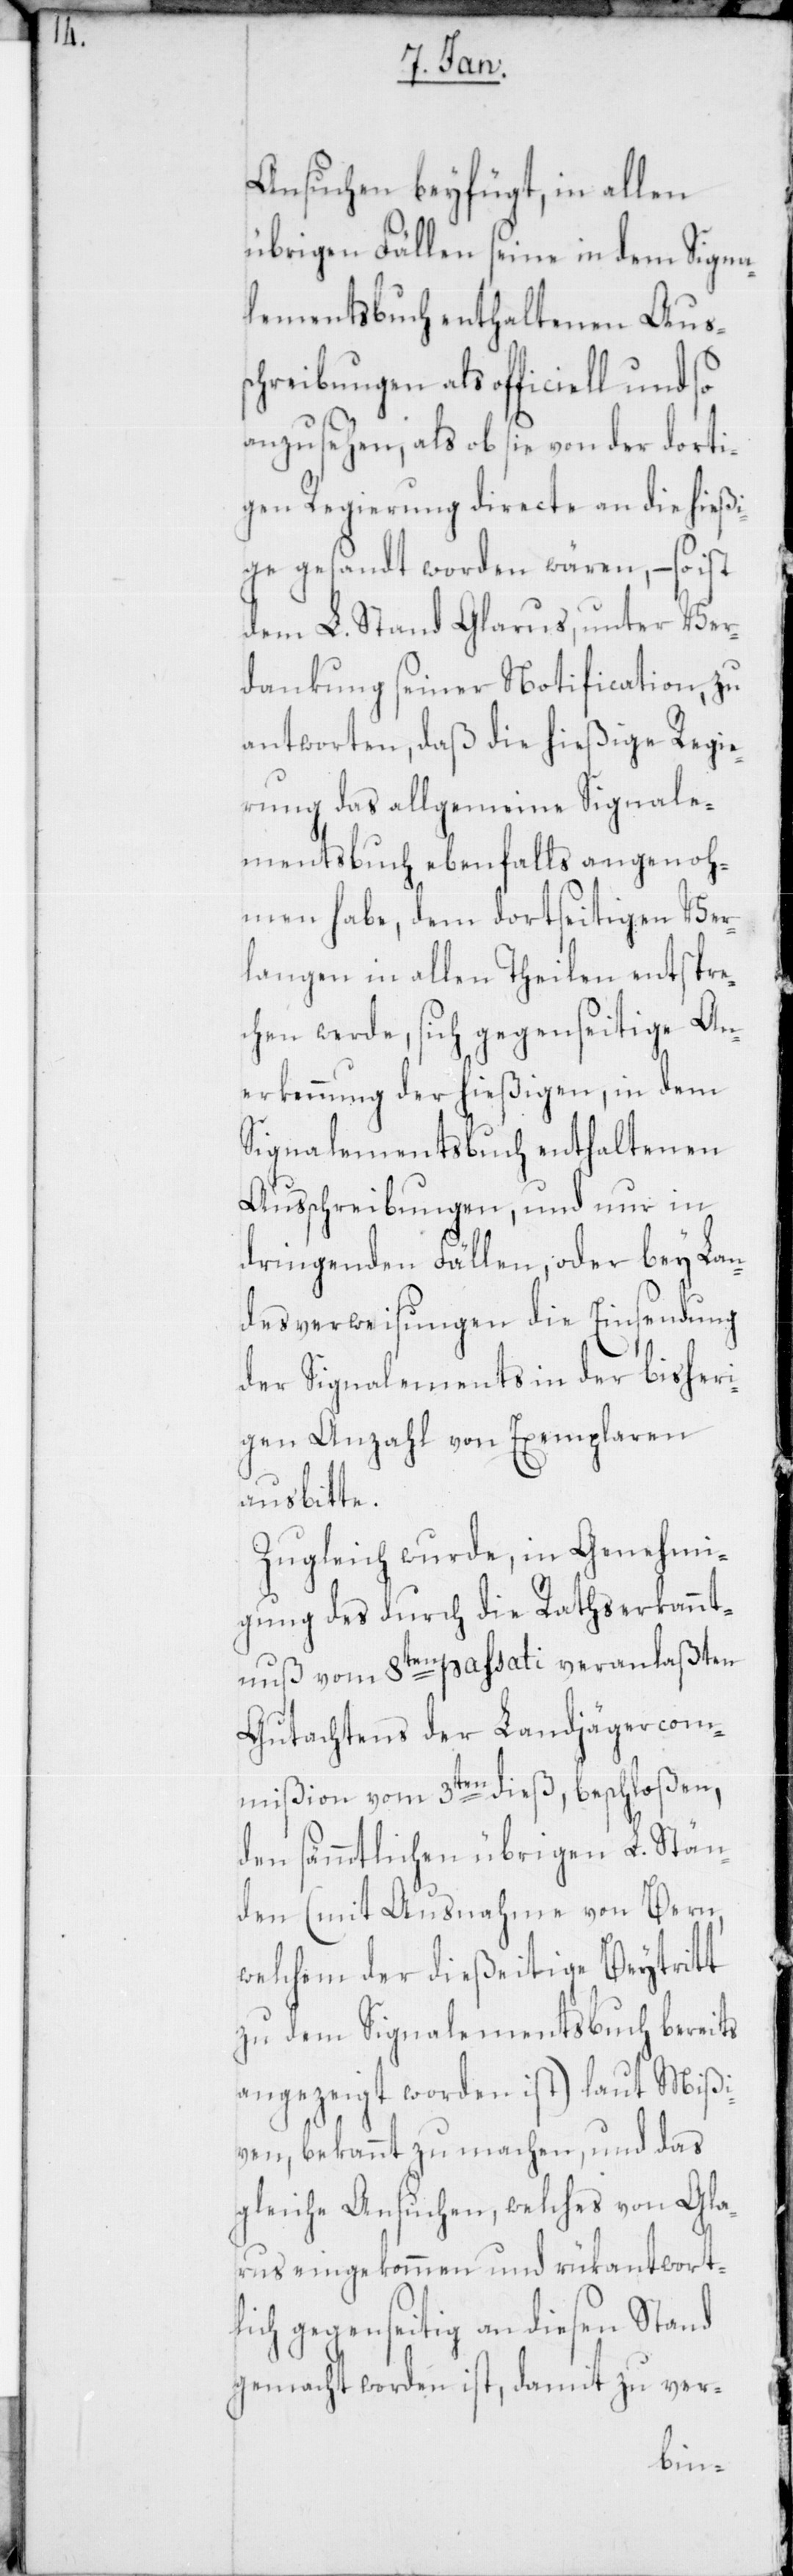
Ansuchen beyfügt, in allen
übrigen Fällen seine in dem Signa¬
lementsbuch enthaltenen Auss¬
chreibungen als officiell und so
anzusehen, als ob sie von der dorti¬
gen Regierung directe an die hießi¬
ge gesandt worden wären, – so ist
dem L. Stand Glarus, unter Ver¬
dankung seiner Notification, zu
antworten, daß die hießige Regie¬
rung das allgemeine Signale¬
mentsbuch ebenfalls angenoh¬
men habe, dem dortseitigen Ver¬
langen in allen Theilen entspre¬
chen werde, sich gegenseitige An¬
erkennung der hießigen, in dem
Signalementsbuch enthaltenen
Ausschreibungen, und nur in
dringenden Fällen, oder bey Lan¬
desverweisungen die Einsendung
der Signalements in der bisheri¬
gen Anzahl von Exemplaren
ausbitte.
Zugleich wurde, in Genehmi¬
gung des durch die Rathserkannt¬
nuß vom 8ten passati veranlaßten
Gutachtens der Landjägercom¬
mißion vom 3ten dieß, beschloßen,
den sämmtlichen übrigen L. Stän¬
den (mit Ausnahme von Bern,
welchem der dießeitige Beytritt
zu dem Signalementsbuch bereits
angezeigt worden ist) laut Mißi¬
ven, bekannt zu machen, und das
gleiche Ansuchen, welches von Gla¬
rus eingekommen und rükantwort¬
lich gegenseitig an diesen Stand
gemacht worden ist, damit zu ver-